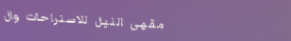
مقهى النيل للاستراحات وال